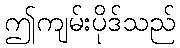
ဤကျမ်းပိုဒ်သည်